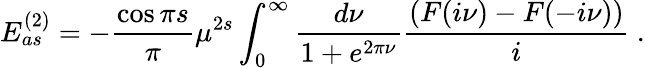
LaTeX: E_{as}^{(2)}=-{\frac{\cos{\pi s}}{\pi}}\mu^{2s}\int_{0}^{\infty}\frac{d\nu}{1+e^{2\pi\nu}}\frac{(F(i\nu)-F(-i\nu))}{i}\ .